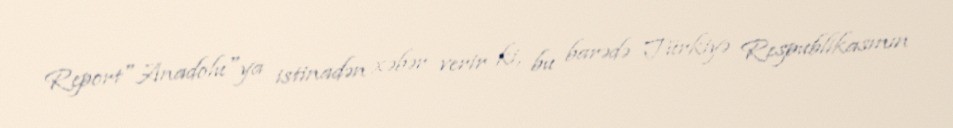
Report"Anadolu"ya istinadən xəbər verir ki, bu barədə Türkiyə Respublikasının